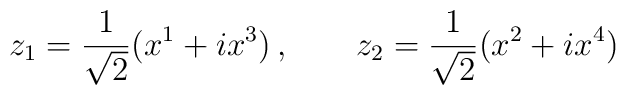
z_{1} = \frac{1}{\sqrt{2}}(x^{1} + ix^{3}) \, , \qquad z_{2} = \frac{1}{\sqrt{2}}(x^{2} + ix^{4})